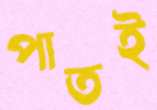
পাতই